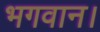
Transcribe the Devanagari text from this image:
भगवान।